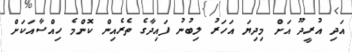
އަދި އުރީދޫ އަށް މިދިޔަ އަހަރު ލިބުނު ފައިދާގެ ތެރެއިން ކޮންމެ ހިއްސާއަކަށް